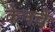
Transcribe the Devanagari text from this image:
केनचे